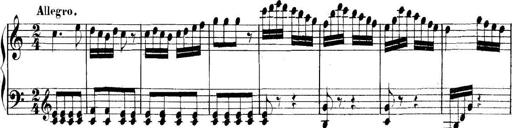
Title: Collected Piano Sonatas
Composer: Muzio Clementi